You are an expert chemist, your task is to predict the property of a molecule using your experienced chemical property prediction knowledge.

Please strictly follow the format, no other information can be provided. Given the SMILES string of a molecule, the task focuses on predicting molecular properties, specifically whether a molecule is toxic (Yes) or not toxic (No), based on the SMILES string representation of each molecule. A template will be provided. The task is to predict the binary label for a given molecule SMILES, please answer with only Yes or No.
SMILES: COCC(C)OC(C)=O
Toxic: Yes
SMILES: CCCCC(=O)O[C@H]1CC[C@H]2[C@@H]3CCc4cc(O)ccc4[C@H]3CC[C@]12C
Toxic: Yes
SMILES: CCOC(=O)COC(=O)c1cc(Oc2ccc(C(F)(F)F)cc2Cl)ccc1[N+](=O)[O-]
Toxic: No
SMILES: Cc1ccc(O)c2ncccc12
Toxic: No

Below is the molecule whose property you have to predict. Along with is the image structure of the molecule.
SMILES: C=C[C@]1(C)C[C@@H](OC(=O)CSCCN(CC)CC)[C@]2(C)C(C)CC[C@]3(CCC(=O)[C@H]32)[C@@H](C)[C@@H]1O
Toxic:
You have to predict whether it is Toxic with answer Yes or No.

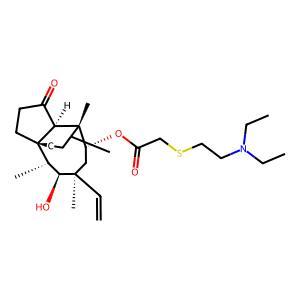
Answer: No